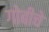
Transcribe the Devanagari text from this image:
गोबीचे